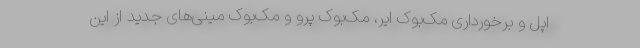
اپل و برخورداری مک‌بوک ایر، مک‌بوک پرو و مک‌بوک مینی‌های جدید از این